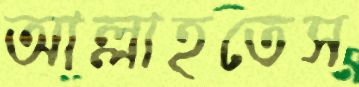
আল্লাহতেস